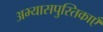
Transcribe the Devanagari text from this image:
अभ्यासपुस्तिकाएँ